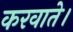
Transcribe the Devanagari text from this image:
करवाते।